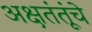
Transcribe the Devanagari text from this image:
अक्षतंतूंचे